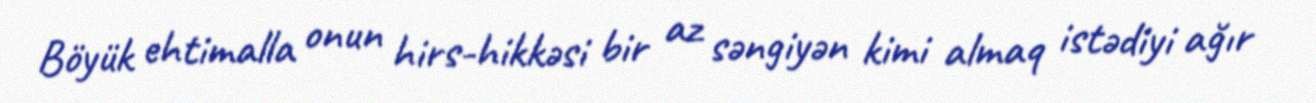
Böyük ehtimalla onun hirs-hikkəsi bir az səngiyən kimi almaq istədiyi ağır